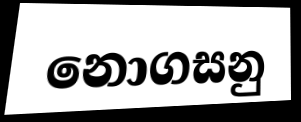
නොගසනු